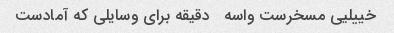
خییلیی مسخرست واسه   دقیقه برای وسایلی که آمادست